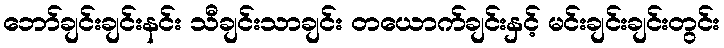
ဘော်ချင်းချင်းနင်း သီချင်းသာချင်း တယောက်ချင်းနှင့် မင်းချင်းချင်းတွင်း